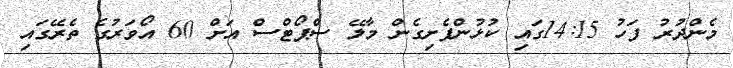
މެންދުރު ފަހު 14:15ގައި ކުޅުންފެށިގެން މާލޭ ސްޕޯޓްސް އަށް 60 އޯވަރުގެ ތެރޭގައި